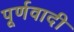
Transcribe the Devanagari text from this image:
पूर्णवादी